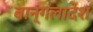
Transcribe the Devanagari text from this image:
बान्गलादेश